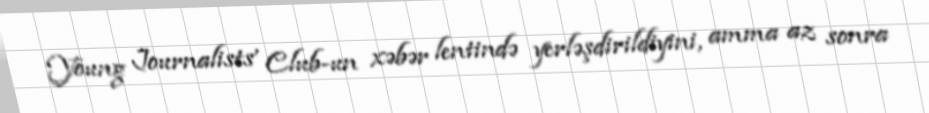
Young Journalists’ Club-un xəbər lentində yerləşdirildiyini, amma az sonra